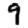
Digit: 9